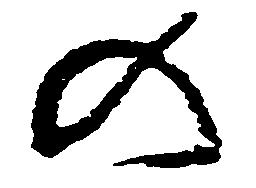
の